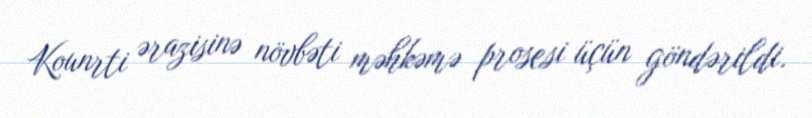
Kounrti ərazisinə növbəti məhkəmə prosesi üçün göndərildi.